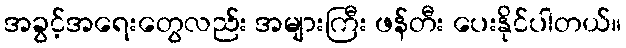
အခွင့်အရေးတွေလည်း အများကြီး ဖန်တီး ပေးနိုင်ပါတယ်။